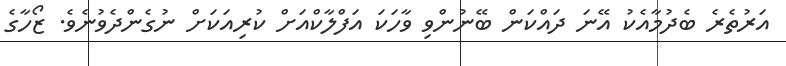
އަރުތެރެ ބެދުމާއެކު އޭނަ ދައްކަން ބޭނުންވި ވާހަކަ އަފްލާކްއަށް ކުރިއަކަށް ނުގެންދެވުނެވެ. ޒޯހާގެ